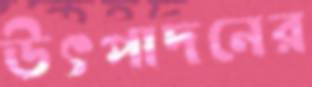
উৎপাদনের